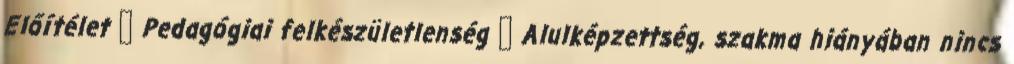
Előítélet  Pedagógiai felkészületlenség  Alulképzettség, szakma hiányában nincs